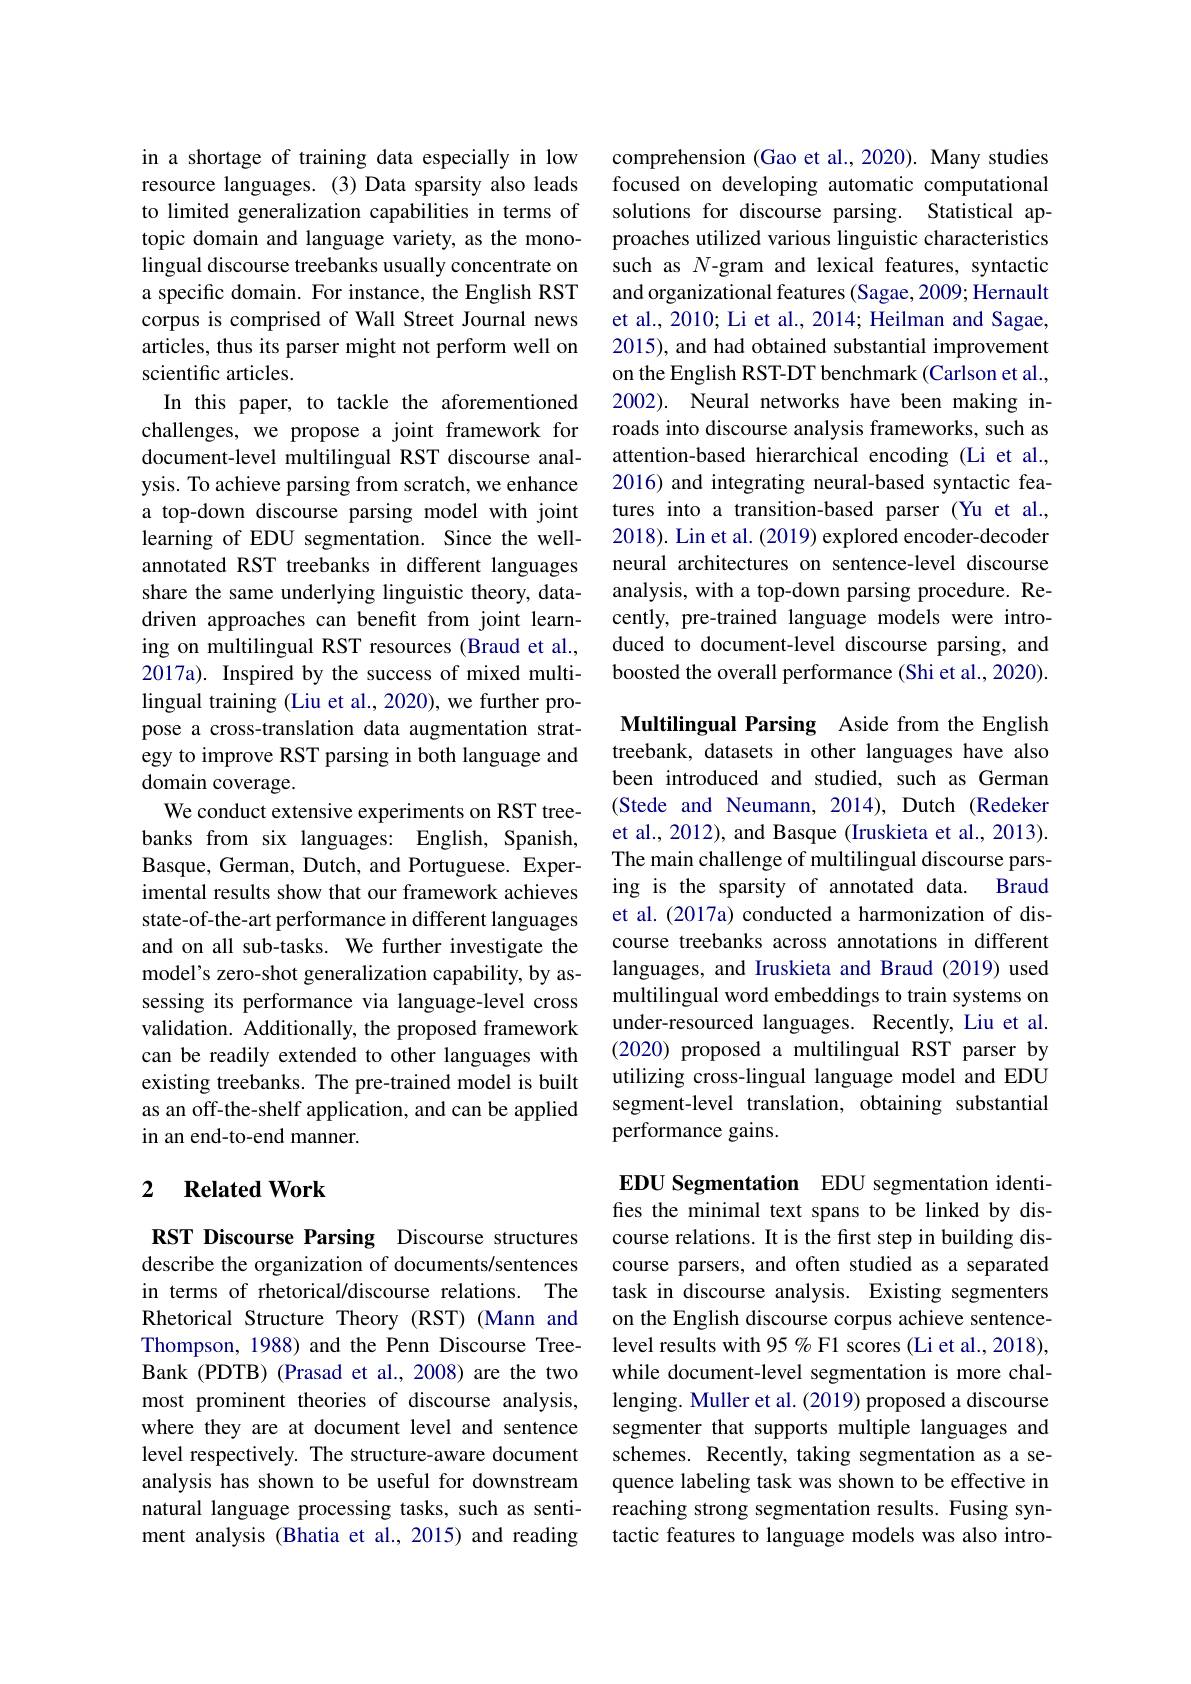
in a shortage of training data especially in low resource languages. (3) Data sparsity also leads to limited generalization capabilities in terms of topic domain and language variety, as the monolingual discourse treebanks usually concentrate on a specific domain. For instance, the English RST corpus is comprised of Wall Street Journal news articles, thus its parser might not perform well on scientific articles.
In this paper, to tackle the aforementioned challenges, we propose a joint framework for document-level multilingual RST discourse analysis. To achieve parsing from scratch, we enhance a top-down discourse parsing model with joint learning of EDU segmentation. Since the wellannotated RST treebanks in different languages share the same underlying linguistic theory, datadriven approaches can benefit from joint learning on multilingual RST resources (Braud et al., 2017a). Inspired by the success of mixed multilingual training (Liu et al., 2020), we further propose a cross-translation data augmentation strategy to improve RST parsing in both language and domain coverage.
We conduct extensive experiments on RST treebanks from six languages: English, Spanish, Basque, German, Dutch, and Portuguese. Experimental results show that our framework achieves state-of-the-art performance in different languages and on all sub-tasks. We further investigate the model's zero-shot generalization capability, by assessing its performance via language-level cross validation. Additionally, the proposed framework can be readily extended to other languages with existing treebanks. The pre-trained model is built as an off-the-shelf application, and can be applied in an end-to-end manner.

## 2 $\textbf{Related Work}$

RST Discourse Parsing Discourse structures describe the organization of documents/sentences in terms of rhetorical/discourse relations. The Rhetorical Structure Theory (RST) (Mann and Thompson, 1988) and the Penn Discourse TreeBank (PDTB) (Prasad et al., 2008) are the two most prominent theories of discourse analysis, where they are at document level and sentence level respectively. The structure-aware document analysis has shown to be useful for downstream natural language processing tasks, such as sentiment analysis (Bhatia et al., 2015) and reading

comprehension (Gao et al., 2020). Many studies focused on developing automatic computational solutions for discourse parsing. Statistical approaches utilized various linguistic characteristics such as $N$-gram and lexical features, syntactic and organizational features (Sagae, 2009; Hernault et al., 2010; Li et al., 2014; Heilman and Sagae, 2015), and had obtained substantial improvement on the English RST-DT benchmark (Carlson et al., 2002). Neural networks have been making inroads into discourse analysis frameworks, such as attention-based hierarchical encoding (Li et al., 2016) and integrating neural-based syntactic features into a transition-based parser (Yu et al., 2018). Lin et al. (2019) explored encoder-decoder neural architectures on sentence-level discourse analysis, with a top-down parsing procedure. Recently, pre-trained language models were introduced to document-level discourse parsing, and boosted the overall performance (Shi et al., 2020).

Multilingual Parsing Aside from the English treebank, datasets in other languages have also been introduced and studied, such as German (Stede and Neumann, 2014), Dutch (Redeker et al., 2012), and Basque (Iruskieta et al., 2013). The main challenge of multilingual discourse parsing is the sparsity of annotated data. Braud et al. (2017a) conducted a harmonization of discourse treebanks across annotations in different languages, and Iruskieta and Braud (2019) used multilingual word embeddings to train systems on under-resourced languages. Recently, Liu et al. (2020) proposed a multilingual RST parser by utilizing cross-lingual language model and EDU segment-level translation, obtaining substantial performance gains.

EDU Segmentation EDU segmentation identifies the minimal text spans to be linked by discourse relations. It is the first step in building discourse parsers, and often studied as a separated task in discourse analysis. Existing segmenters on the English discourse corpus achieve sentencelevel results with 95 % F1 scores (Li et al., 2018), while document-level segmentation is more challenging. Muller et al. (2019) proposed a discourse segmenter that supports multiple languages and schemes. Recently, taking segmentation as a sequence labeling task was shown to be effective in reaching strong segmentation results. Fusing syntactic features to language models was also intro-